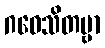
ဂဝေသိတဗ္ဗာ